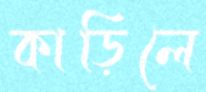
কাড়িলে